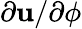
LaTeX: \partial\mathbf{u}/\partial\phi